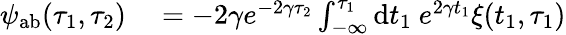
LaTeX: \begin{array}{rl}{\psi_{\mathrm{ab}}(\tau_{1},\tau_{2})}&{{}=-2\gamma e^{-2\gamma\tau_{2}}\int_{-\infty}^{\tau_{1}}\mathrm{d}t_{1}~e^{2\gamma t_{1}}\xi(t_{1},\tau_{1})}\end{array}